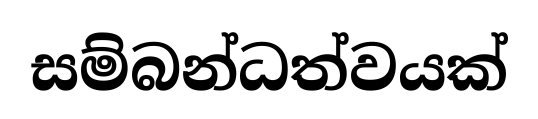
සම්බන්ධත්වයක්